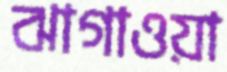
ঝাগাওয়া